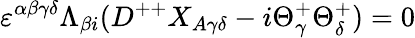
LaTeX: \varepsilon^{\alpha\beta\gamma\delta}\Lambda_{\beta{i}}(D^{++}X_{A\gamma\delta}-i\Theta_{\gamma}^{+}\Theta_{\delta}^{+})=0